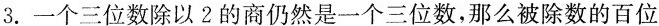
3. 一个三位数除以2的商仍然是一个三位数，那么被除数的百位